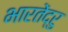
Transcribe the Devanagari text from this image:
भारतेंद्रु